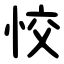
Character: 恔